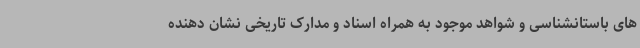
های باستانشناسی و شواهد موجود به همراه اسناد و مدارک تاریخی نشان دهنده